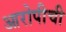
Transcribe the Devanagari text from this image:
आरोपीची